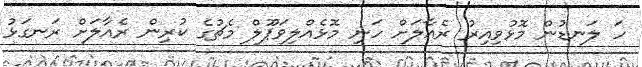
ހަ ލަނޑުން މޮޅުވިއިރު ރެއާލަށް ހަނި މޮޅެއްލިވަޕޫލް މެޗުގެ ކުރިން ރެއާލަށް ރަނގަޅު